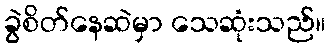
ခွဲစိတ်နေဆဲမှာ သေဆုံးသည်။